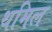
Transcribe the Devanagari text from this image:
थमिल